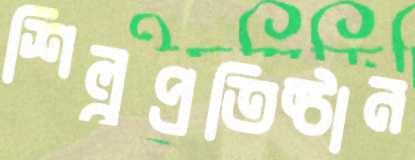
শিল্পপ্রতিষ্ঠান